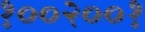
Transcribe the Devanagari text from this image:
१००२००१